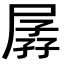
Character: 孱